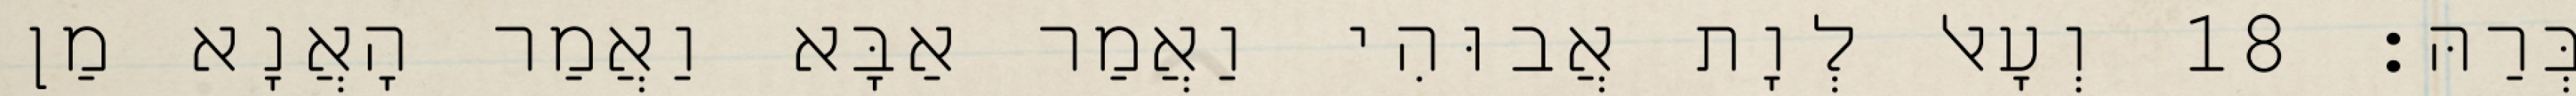
בְּרַהּ׃ 18 וְעָאל לְוָת אֲבוּהִי וַאֲמַר אַבָּא וַאֲמַר הָאֲנָא מַן